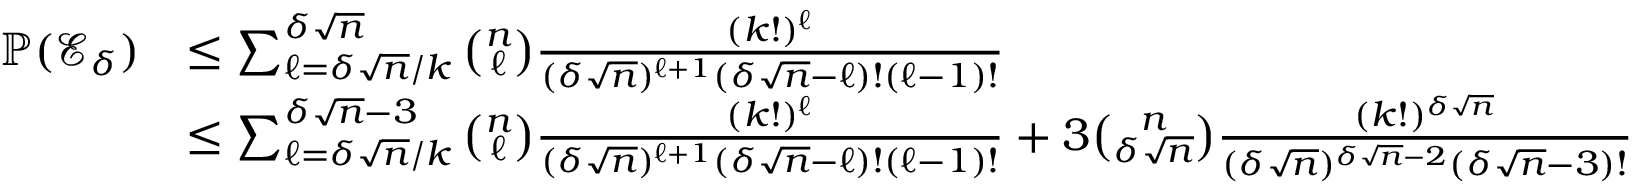
\begin{array} { r l } { \mathbb { P } ( \mathcal { E } _ { \delta } ) } & { \leq \sum _ { \ell = \delta \sqrt { n } / k } ^ { \delta \sqrt { n } } \binom { n } { \ell } \frac { ( k ! ) ^ { \ell } } { ( \delta \sqrt { n } ) ^ { \ell + 1 } ( \delta \sqrt { n } - \ell ) ! ( \ell - 1 ) ! } } \\ & { \leq \sum _ { \ell = \delta \sqrt { n } / k } ^ { \delta \sqrt { n } - 3 } \binom { n } { \ell } \frac { ( k ! ) ^ { \ell } } { ( \delta \sqrt { n } ) ^ { \ell + 1 } ( \delta \sqrt { n } - \ell ) ! ( \ell - 1 ) ! } + 3 \binom { n } { \delta \sqrt { n } } \frac { ( k ! ) ^ { \delta \sqrt { n } } } { ( \delta \sqrt { n } ) ^ { \delta \sqrt { n } - 2 } ( \delta \sqrt { n } - 3 ) ! } } \end{array}